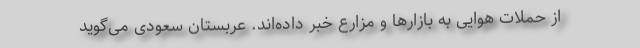
از حملات هوایی به بازارها و مزارع خبر داده‌اند. عربستان سعودی می‌گوید